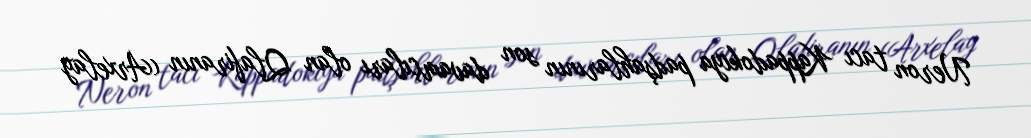
Neron tacı Kappadokiya padşahlarının son davamçıları olan Qlafiranın (Arxelay